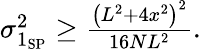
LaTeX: \begin{array}{r}{\sigma_{1_{\mathrm{SP}}}^{2}\geq\frac{\left(L^{2}+4x^{2}\right)^{2}}{16NL^{2}}.}\end{array}